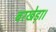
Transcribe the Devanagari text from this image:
बरखेड़ा।